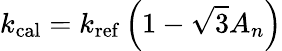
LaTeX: k_{\mathrm{cal}}=k_{\mathrm{ref}}\left(1-\sqrt{3}A_{n}\right)